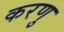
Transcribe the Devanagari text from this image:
करणु